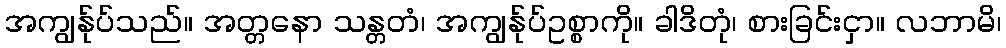
အကျွန်ုပ်သည်။ အတ္တနော သန္တတံ၊ အကျွန်ုပ်ဥစ္စာကို။ ခါဒိတုံ၊ စားခြင်းငှာ။ လဘာမိ၊